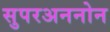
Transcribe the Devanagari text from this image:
सुपरअननोन